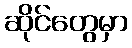
ဆိုင်တွေမှာ